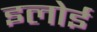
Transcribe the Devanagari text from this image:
इलोई